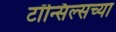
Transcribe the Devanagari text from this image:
टॉन्सिल्सच्या